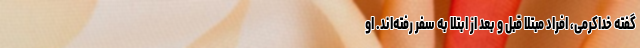
گفته خداکرمی، افراد مبتلا قبل و بعد از ابتلا به سفر رفته‌اند. او